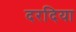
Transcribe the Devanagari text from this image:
दरदिया